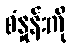
စံနှုန်းကို